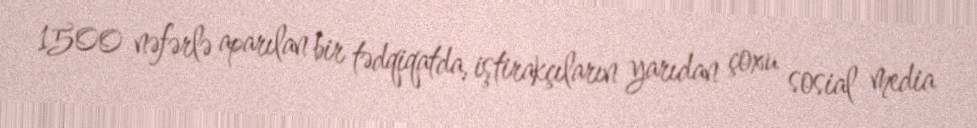
1500 nəfərlə aparılan bir tədqiqatda, iştirakçıların yarıdan çoxu sosial media